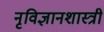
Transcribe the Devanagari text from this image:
नृविज्ञानशास्त्री